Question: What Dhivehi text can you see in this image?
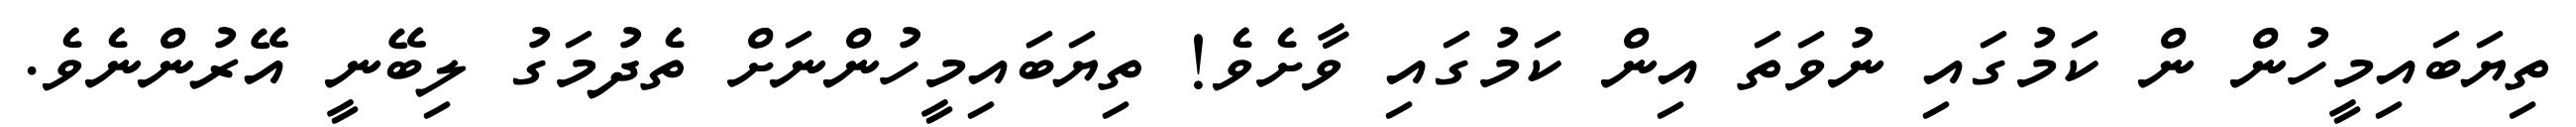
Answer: ތިޔަބައިމީހުން ން ކަމުގައި ނުވަތަ އިން ކަމުގައި ވާށެވެ! ތިޔަބައިމީހުންނަށް ތެދުމަގު ލިބޭނީ އޭރުންނެވެ.